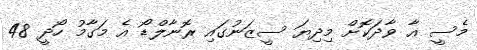
މެސީ އާ ވާދަކޮށް މިދިޔަ ސީޒަނުގައި ރޮނާލްޑޯ އެ މަގާމު ހޯދީ 48